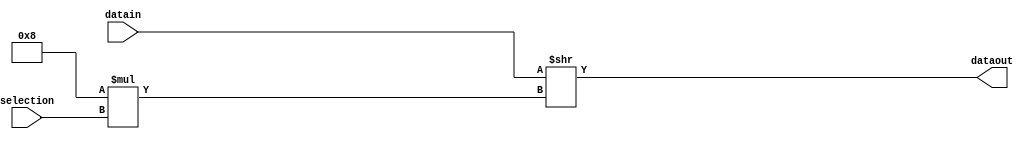
module multiplexor #(
parameter N=4, //Nmero de seales de entrada
parameter M=8, //Nmero de bits sseal de entrada
parameter P=2  //Nmero de bits de la seal de seleccin
)
(
input [P-1:0]selection,//Seal de seleccin para la escogencia del registro de salida.
input[M*N-1:0] datain,//Bus de datos de entrada.
output [M-1:0] dataout//Datos escogidos.
);

wire [31:0] temp;//Variable temporal de almacenamiento en la cual se efectua el corrimiento para escoger los datos deseados

//Operacin de seleccin.
assign temp= datain>>(M*selection);
assign dataout= temp;

endmodule